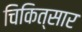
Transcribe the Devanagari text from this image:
चिकित्सार